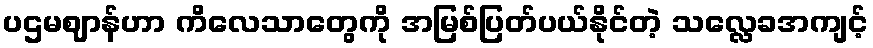
ပဌမဈာန်ဟာ ကိလေသာတွေကို အမြစ်ပြတ်ပယ်နိုင်တဲ့ သလ္လေခအကျင့်